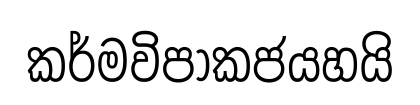
කර්මවිපාකජයහයි